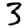
Digit: 3